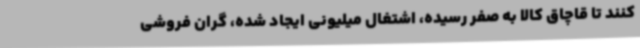
کنند تا قاچاق کالا به صفر رسیده، اشتغال میلیونی ایجاد شده، گران فروشی